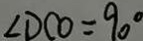
\angle D C O = 9 0 ^ { \circ }